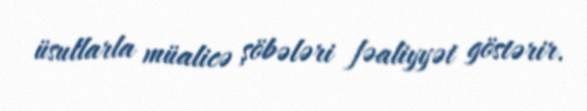
üsullarla müalicə şöbələri fəaliyyət göstərir.